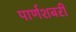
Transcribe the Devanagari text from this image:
पार्णशबरी